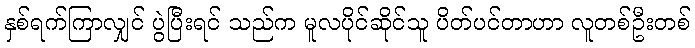
နှစ်ရက်ကြာလျှင် ပွဲပြီးရင် သည်က မူလပိုင်ဆိုင်သူ ပိတ်ပင်တာဟာ လူတစ်ဦးတစ်